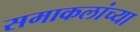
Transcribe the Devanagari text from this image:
समाकलांच्या